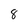
Character: 8